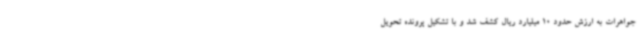
جواهرات به ارزش حدود 10 میلیارد ریال کشف شد و با تشکیل پرونده تحویل